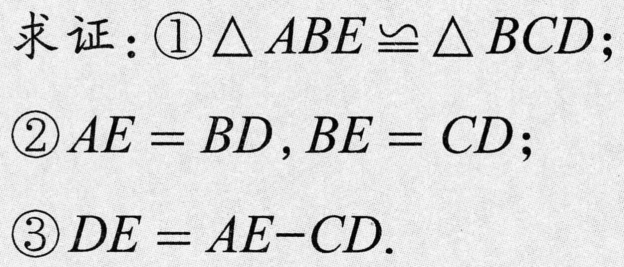
求证：\textcircled{1}$\triangle ABE\cong\triangle BCD$；
\textcircled{2}$AE = BD,BE = CD$；
\textcircled{3}$DE = AE - CD$.